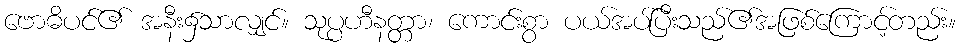
ဗောဓိပင်၏ အနီး၌သာလျှင်။ သုပ္ပဟီနတ္တာ၊ ကောင်းစွာ ပယ်အပ်ပြီးသည်၏အဖြစ်ကြောင့်တည်း။